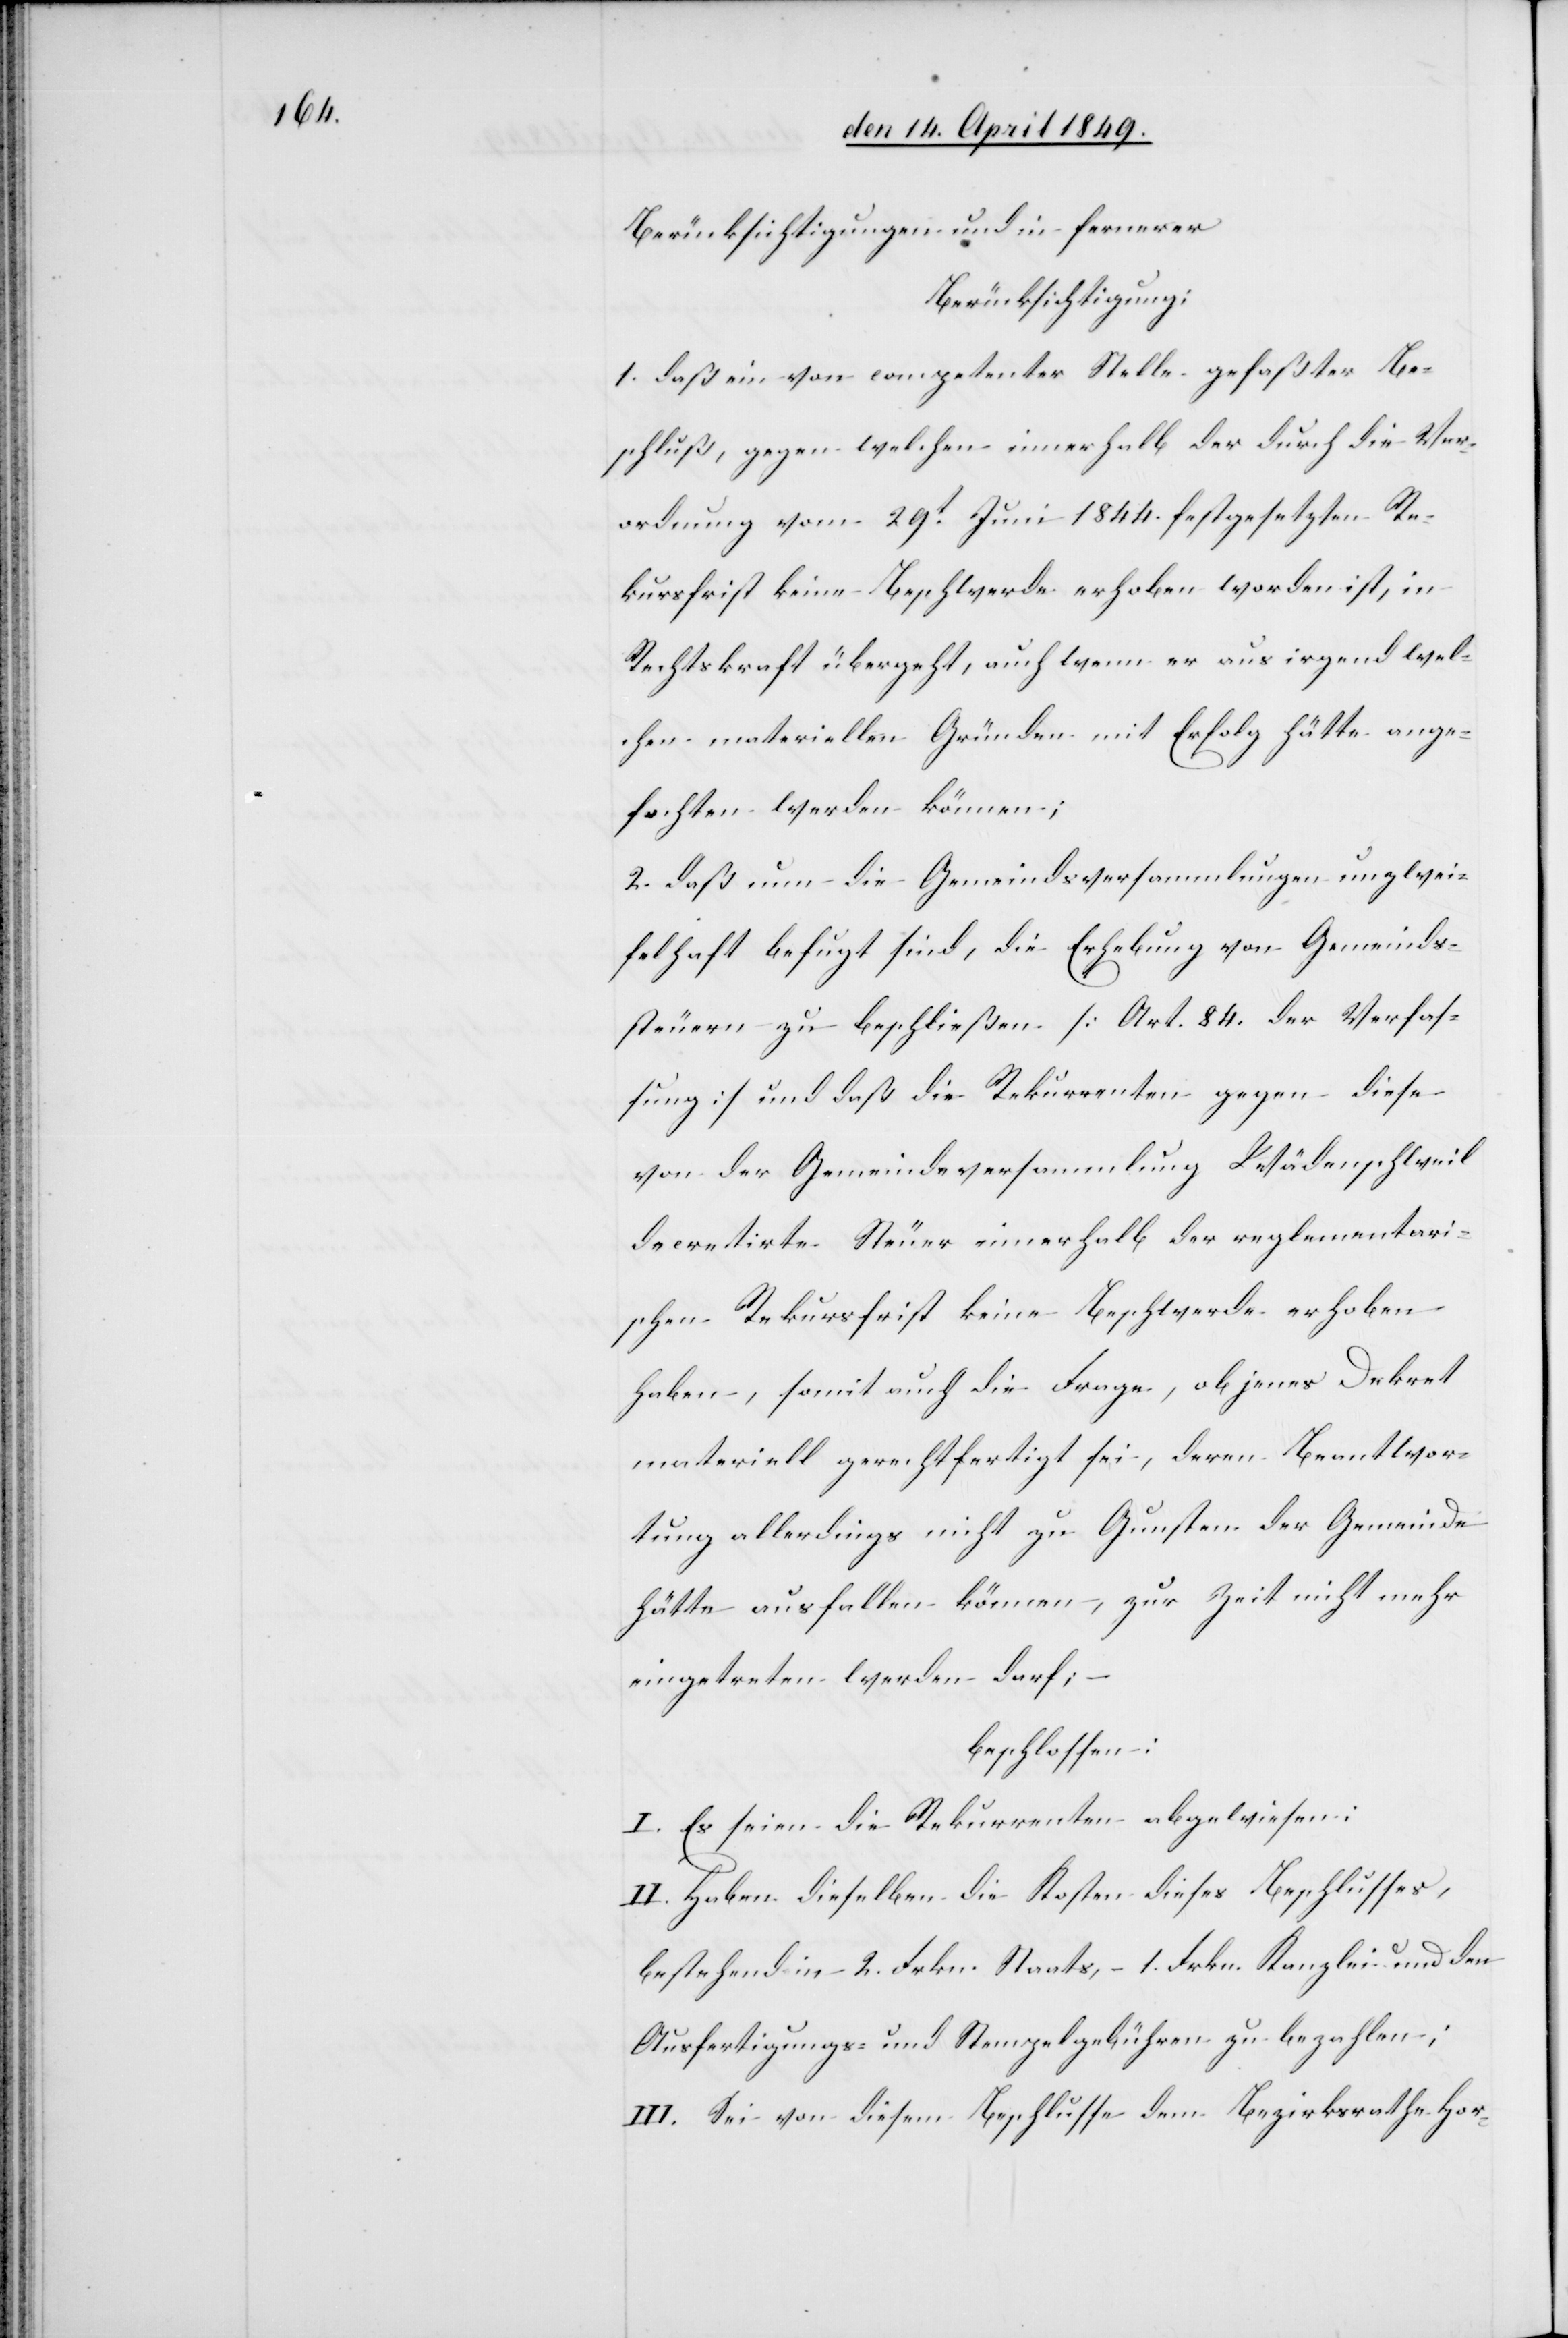
Berücksichtigungen und in fernerer
Berücksichtigung:
1. daß ein von competenter Stelle gefaßter Be¬
schluß, gegen welchen innerhalb der durch die Ver¬
ordnung vom 29t Juni 1844. festgesetzte Re¬
kursfrist keine Beschwerde erhoben worden ist, in
Rechtskraft übergeht, auch wenn er aus irgend wel¬
chen materiellen Gründen mit Erfolg hätte ange¬
fochten werden können;
2. daß nun die Gemeindsversammlungen unzwei¬
felhaft befugt sind, die Erhebung von Gemeinds¬
steuern zu beschließen [Art. 84. der Verfas¬
sung] und daß die Rekurrenten gegen diese
von der Gemeindeversammlung Wädenschweil
decretirte Steuer innerhalb der reglementari¬
schen Rekursfrist keine Beschwerde erhoben
haben, somit auch die Frage, ob jenes Dekret
materiell gerechtfertigt sei deren Beantwor¬
tung allerdings nicht zu Gunsten der Gemeinde
hätte ausfallen können, zur Zeit nicht mehr
eingetreten werden darf; –
beschlossen:
I. Es seien die Rekurrenten abgewiesen:
II. Haben dieselben die Kosten dieses Beschlusses,
bestehend in 2. Frkn. Staats, - 1. Frkn. Kanzlei[-] und den
Ausfertigungs- und Stempelgebühren zu bezahlen;
III. Sei von diesem Beschlusse dem Bezirksrathe Hor-